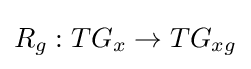
R_{g}:TG_{x}\rightarrow TG_{xg}